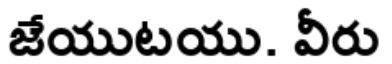
జేయుటయు. వీరు